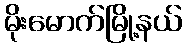
မိုးမောက်မြို့နယ်